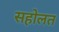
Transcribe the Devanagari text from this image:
सहोलत